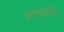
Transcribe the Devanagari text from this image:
अश्वनि